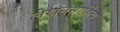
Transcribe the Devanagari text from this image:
लेखनसाहित्य